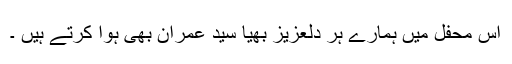
اس محفل میں ہمارے ہر دلعزیز بھیا سید عمران بھی ہوا کرتے ہیں ۔